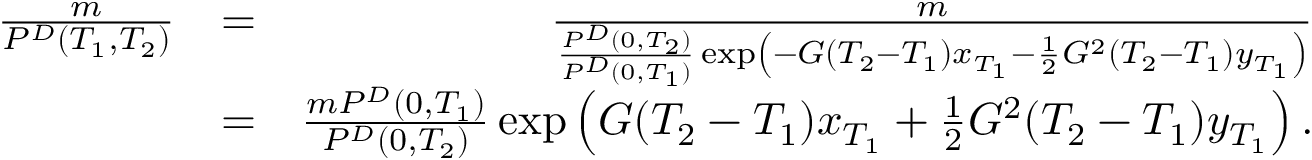
\begin{array} { r l r } { \frac { m } { P ^ { D } ( T _ { 1 } , T _ { 2 } ) } } & { = } & { \frac { m } { \frac { P ^ { D } ( 0 , T _ { 2 } ) } { P ^ { D } ( 0 , T _ { 1 } ) } \exp \left( - G ( T _ { 2 } - T _ { 1 } ) x _ { T _ { 1 } } - \frac { 1 } { 2 } G ^ { 2 } ( T _ { 2 } - T _ { 1 } ) y _ { T _ { 1 } } \right) } } \\ & { = } & { \frac { m P ^ { D } ( 0 , T _ { 1 } ) } { P ^ { D } ( 0 , T _ { 2 } ) } \exp \left( G ( T _ { 2 } - T _ { 1 } ) x _ { T _ { 1 } } + \frac { 1 } { 2 } G ^ { 2 } ( T _ { 2 } - T _ { 1 } ) y _ { T _ { 1 } } \right) . } \end{array}